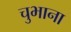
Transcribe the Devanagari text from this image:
चुभाना